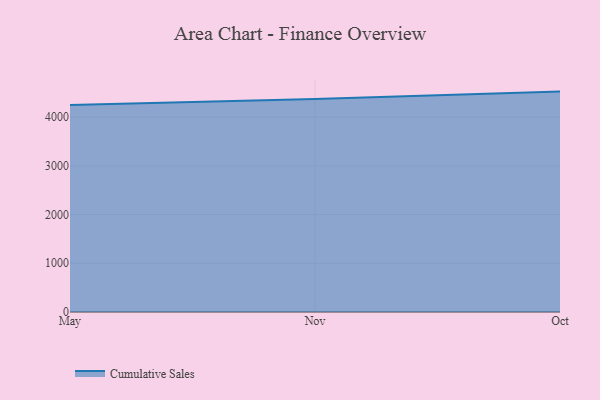
{"axis": {"x": "Month", "y": "Waste Production (Tons)"}, "legend": ["Cumulative Sales"], "data": [{"x": "May", "y": 4247.8, "type": "Cumulative Sales"}, {"x": "Nov", "y": 4374.7, "type": "Cumulative Sales"}, {"x": "Oct", "y": 4524.3, "type": "Cumulative Sales"}]}